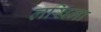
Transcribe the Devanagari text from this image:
लखिमा